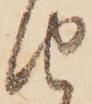
由